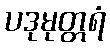
ပဒုမုတ္တရံ